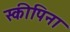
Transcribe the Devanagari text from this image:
स्कीपिना